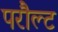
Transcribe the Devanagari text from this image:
परौल्ट